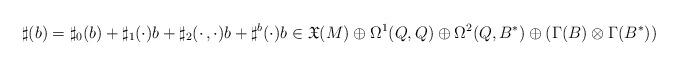
LaTeX: \begin{align*} \sharp(b) = \sharp_0(b) + \sharp_1(\cdot)b + \sharp_2(\cdot\,,\cdot)b + \sharp^b(\cdot)b\in\mathfrak{X}(M)\oplus\Omega^1(Q,Q)\oplus\Omega^2(Q,B^*)\oplus(\Gamma(B)\otimes\Gamma(B^*))\end{align*}